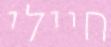
חיילי